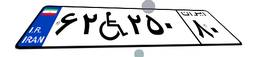
۶۲W۲۵۰۸۰